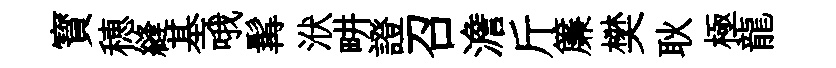
寳穂縫基哦髯洑畊證召澹斤簾樊耿極龍